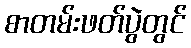
စာတမ်းဖတ်ပွဲတွင်